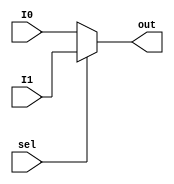
`timescale 1ns / 1ps

module Mux2x1_32b(
    input [31:0] I0,
    input [31:0] I1,
    input sel,
    output reg [31:0] out
    );

always @ (*)
begin
	if(sel)
		out = I1;
	else
		out = I0;
end

endmodule